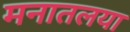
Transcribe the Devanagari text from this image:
मनातलया